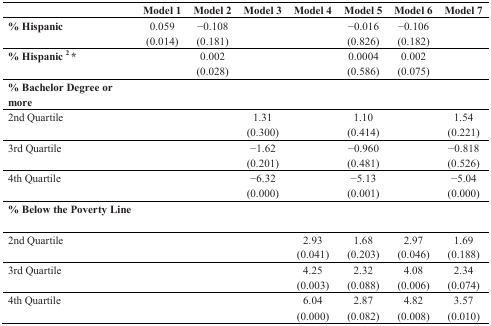
|  | Model 1 | Model 2 | Model 3 | Model 4 | Model 5 | Model 6 | Model 7 |
 | --- | --- | --- | --- | --- | --- | --- | --- |
 | % Hispanic | 0.059 (0.014) | −0.108 (0.181) |  |  | −0.016 (0.826) | −0.106 (0.182) |  |
 | % Hispanic 2 * |  | 0.002 (0.028) |  |  | 0.0004 (0.586) | 0.002 (0.075) |  |
 | % Bachelor Degree or more |  |  |  |  |  |  |  |
 | 2nd Quartile |  |  | 1.31 (0.300) |  | 1.10 (0.414) |  | 1.54 (0.221) |
 | 3rd Quartile |  |  | −1.62 (0.201) |  | −0.960 (0.481) |  | −0.818 (0.526) |
 | 4th Quartile |  |  | −6.32 (0.000) |  | −5.13 (0.001) |  | −5.04 (0.000) |
 | % Below the Poverty Line |  |  |  |  |  |  |  |
 | 2nd Quartile |  |  |  | 2.93 (0.041) | 1.68 (0.203) | 2.97 (0.046) | 1.69 (0.188) |
 | 3rd Quartile |  |  |  | 4.25 (0.003) | 2.32 (0.088) | 4.08 (0.006) | 2.34 (0.074) |
 | 4th Quartile |  |  |  | 6.04 (0.000) | 2.87 (0.082) | 4.82 (0.008) | 3.57 (0.010) |